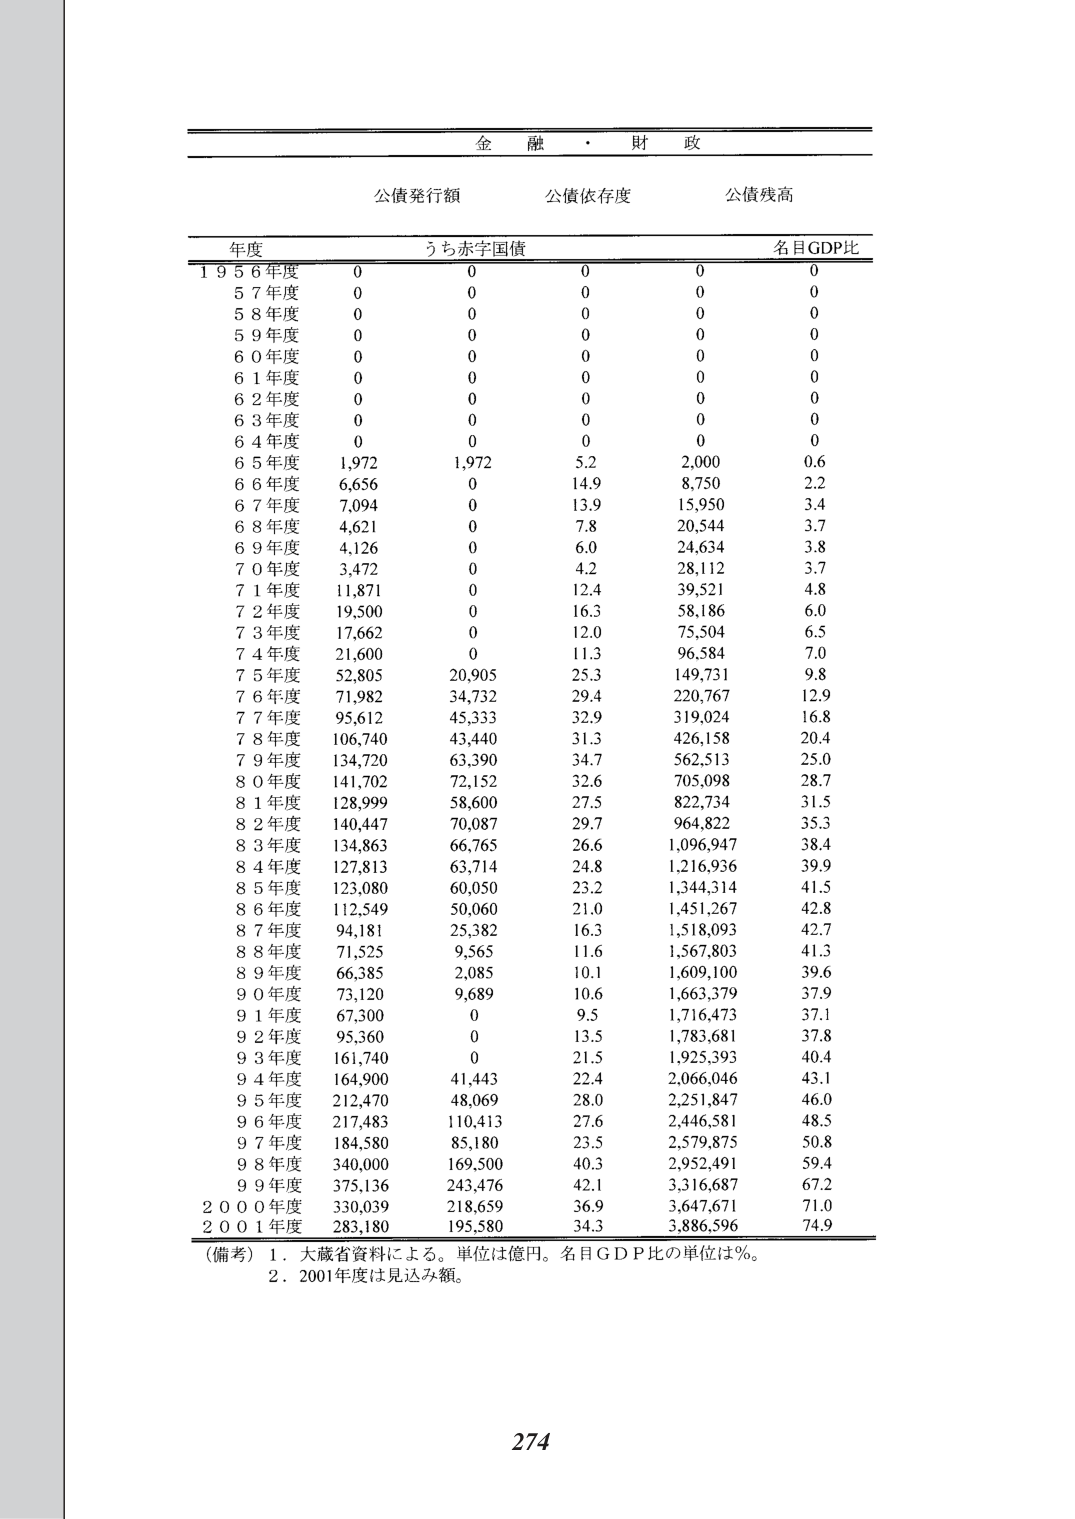
金融・財政

公債発行額　　公債依存度　　公債残高

年度　　　　　うち赤字国債　　　　　　　名目GDP比

1956年度　　　0　　　0　　　0　　　0　　　0
57年度　　　　0　　　0　　　0　　　0　　　0
58年度　　　　0　　　0　　　0　　　0　　　0
59年度　　　　0　　　0　　　0　　　0　　　0
60年度　　　　0　　　0　　　0　　　0　　　0
61年度　　　　0　　　0　　　0　　　0　　　0
62年度　　　　0　　　0　　　0　　　0　　　0
63年度　　　　0　　　0　　　0　　　0　　　0
64年度　　　　0　　　0　　　0　　　0　　　0
65年度　　　　1,972　1,972　5.2　　2,000　0.6
66年度　　　　6,656　0　　　14.9　　8,750　2.2
67年度　　　　7,094　0　　　13.9　　15,950　3.4
68年度　　　　4,621　0　　　7.8　　20,544　3.7
69年度　　　　4,126　0　　　6.0　　24,634　3.8
70年度　　　　3,472　0　　　4.2　　28,112　3.7
71年度　　　　11,871　0　　　12.4　　39,521　4.8
72年度　　　　19,500　0　　　16.3　　58,186　6.0
73年度　　　　17,662　0　　　12.0　　75,504　6.5
74年度　　　　21,600　0　　　11.3　　96,584　7.0
75年度　　　　52,805　20,905　25.3　　149,731　9.8
76年度　　　　71,982　34,732　29.4　　220,767　12.9
77年度　　　　95,612　45,333　32.9　　319,024　16.8
78年度　　　　106,740　43,440　31.3　　426,158　20.4
79年度　　　　134,720　63,390　34.7　　562,513　25.0
80年度　　　　141,702　72,152　32.6　　705,098　28.7
81年度　　　　128,999　58,600　27.5　　822,734　31.5
82年度　　　　140,447　70,087　29.7　　964,822　35.3
83年度　　　　134,863　66,765　26.6　　1,096,947　38.4
84年度　　　　127,813　63,714　24.8　　1,216,936　39.9
85年度　　　　123,080　60,050　23.2　　1,344,314　41.5
86年度　　　　112,549　50,060　21.0　　1,451,267　42.8
87年度　　　　94,181　25,382　16.3　　1,518,093　42.7
88年度　　　　71,525　9,565　11.6　　1,567,803　41.3
89年度　　　　66,385　2,085　10.1　　1,609,100　39.6
90年度　　　　73,120　9,689　10.6　　1,663,379　37.9
91年度　　　　67,300　0　　　9.5　　1,716,473　37.1
92年度　　　　95,360　0　　　13.5　　1,783,681　37.8
93年度　　　　161,740　0　　　21.5　　1,925,393　40.4
94年度　　　　164,900　41,443　22.4　　2,066,046　43.1
95年度　　　　212,470　48,069　28.0　　2,251,847　46.0
96年度　　　　217,483　110,413　27.6　　2,446,581　48.5
97年度　　　　184,580　85,180　23.5　　2,579,875　50.8
98年度　　　　340,000　169,500　40.3　　2,952,491　59.4
99年度　　　　375,136　243,476　42.1　　3,316,687　67.2
2000年度　　　330,039　218,659　36.9　　3,647,671　71.0
2001年度　　　283,180　195,580　34.3　　3,886,596　74.9

（備考）1．大蔵省資料による。単位は億円。名目GDP比の単位は％。
　　　2．2001年度は見込み額。

274